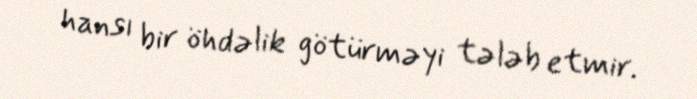
hansı bir öhdəlik götürməyi tələb etmir.